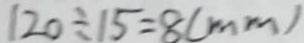
1 2 0 \div 1 5 = 8 ( m m )